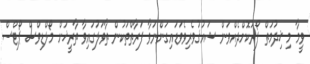
ވީމާ މި ޚިދުމަތް ފޯރުކޮށްދެއްވަން ޝައުޤުވެރިވެވަޑައިގަންނަވާ ފަރާތްތަކުން ތާވަލުގައިވާ ތާރީޚަށް މޯލްޑިވްސް ޕޯޓްސް